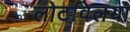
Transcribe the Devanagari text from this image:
लोटविलया